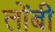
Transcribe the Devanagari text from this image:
लोंबी